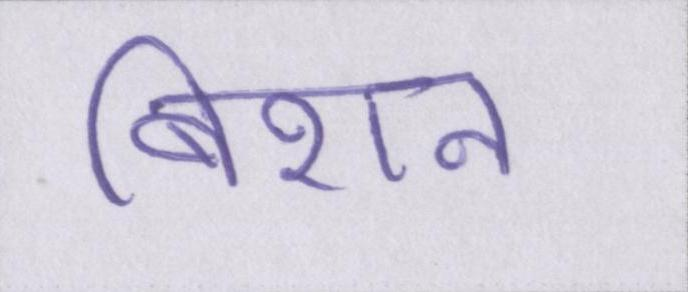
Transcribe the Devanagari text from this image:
बिशन